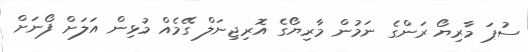
ސުޕަ މާރިޔޯ ރަންގެ ނަމުން މާރިޔޯގެ އޮރިޖިނަލް ގޭމެއް މުޅިން އަލަށް ފޯނަށް